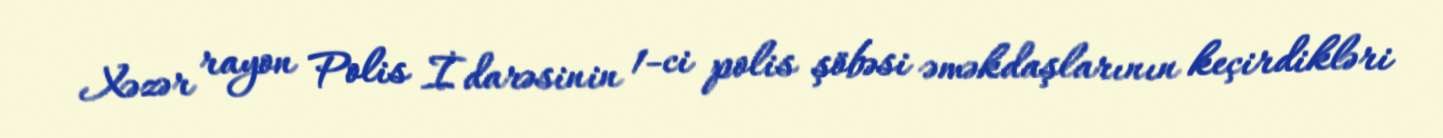
Xəzər rayon Polis İdarəsinin 1-ci polis şöbəsi əməkdaşlarının keçirdikləri